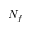
N _ { f }